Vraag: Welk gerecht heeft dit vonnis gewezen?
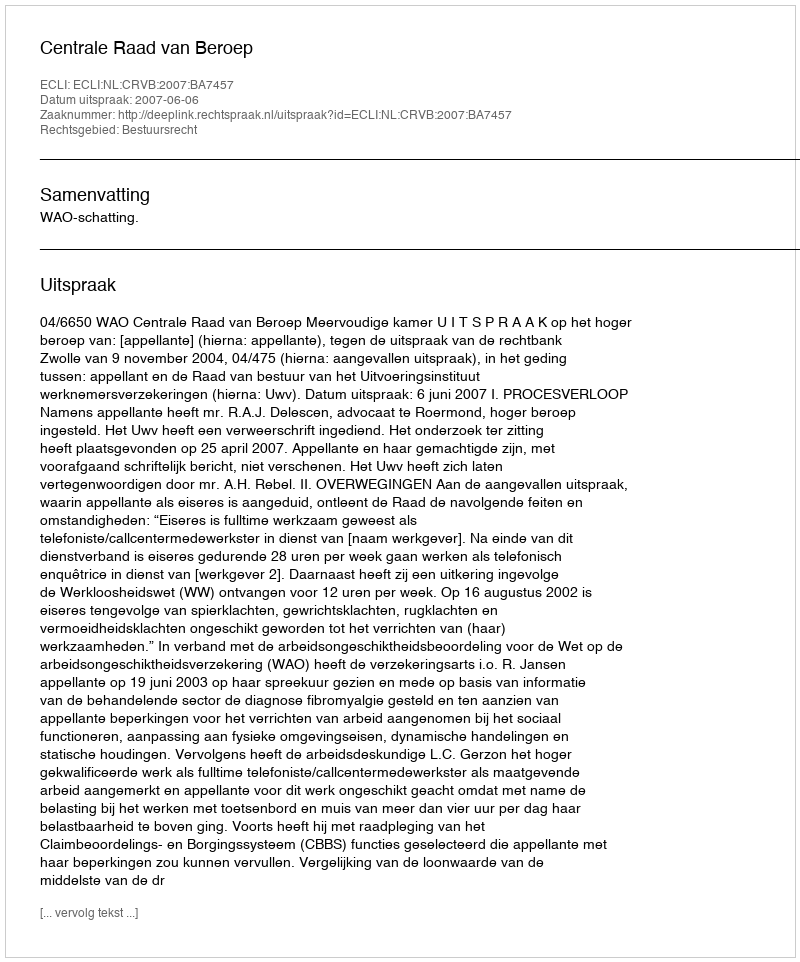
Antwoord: Centrale Raad van Beroep